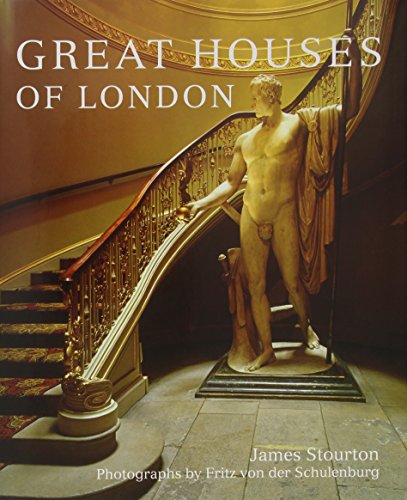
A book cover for Great Houses of London; James Stourton; Arts & Photography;